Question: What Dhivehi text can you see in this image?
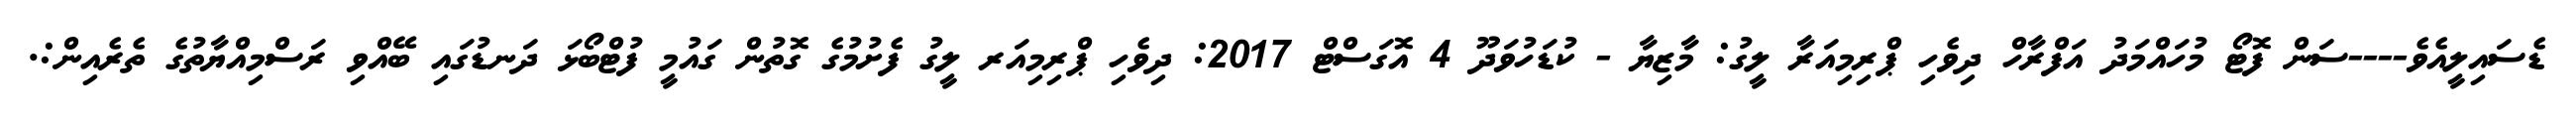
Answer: ޑެސައިލީއެވެ----ސަން ފޮޓޯ މުހައްމަދު އަފްރާހް ދިވެހި ޕްރިމިއަރާ ލީގު: މާޒިޔާ - ކުޑަހުވަދޫ 4 އޮގަސްޓް 2017: ދިވެހި ޕްރިމިއަރ ލީގު ފެށުމުގެ ގޮތުން ގައުމީ ފުޓްބޯޅަ ދަނޑުގައި ބޭއްވި ރަސްމިއްޔާތުގެ ތެރެއިން:.